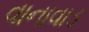
વાનાવાડ